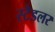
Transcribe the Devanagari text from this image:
स्टैडलर